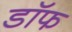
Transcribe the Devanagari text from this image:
डॉफ